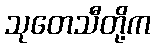
သုတေသီတို့က